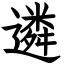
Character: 遴